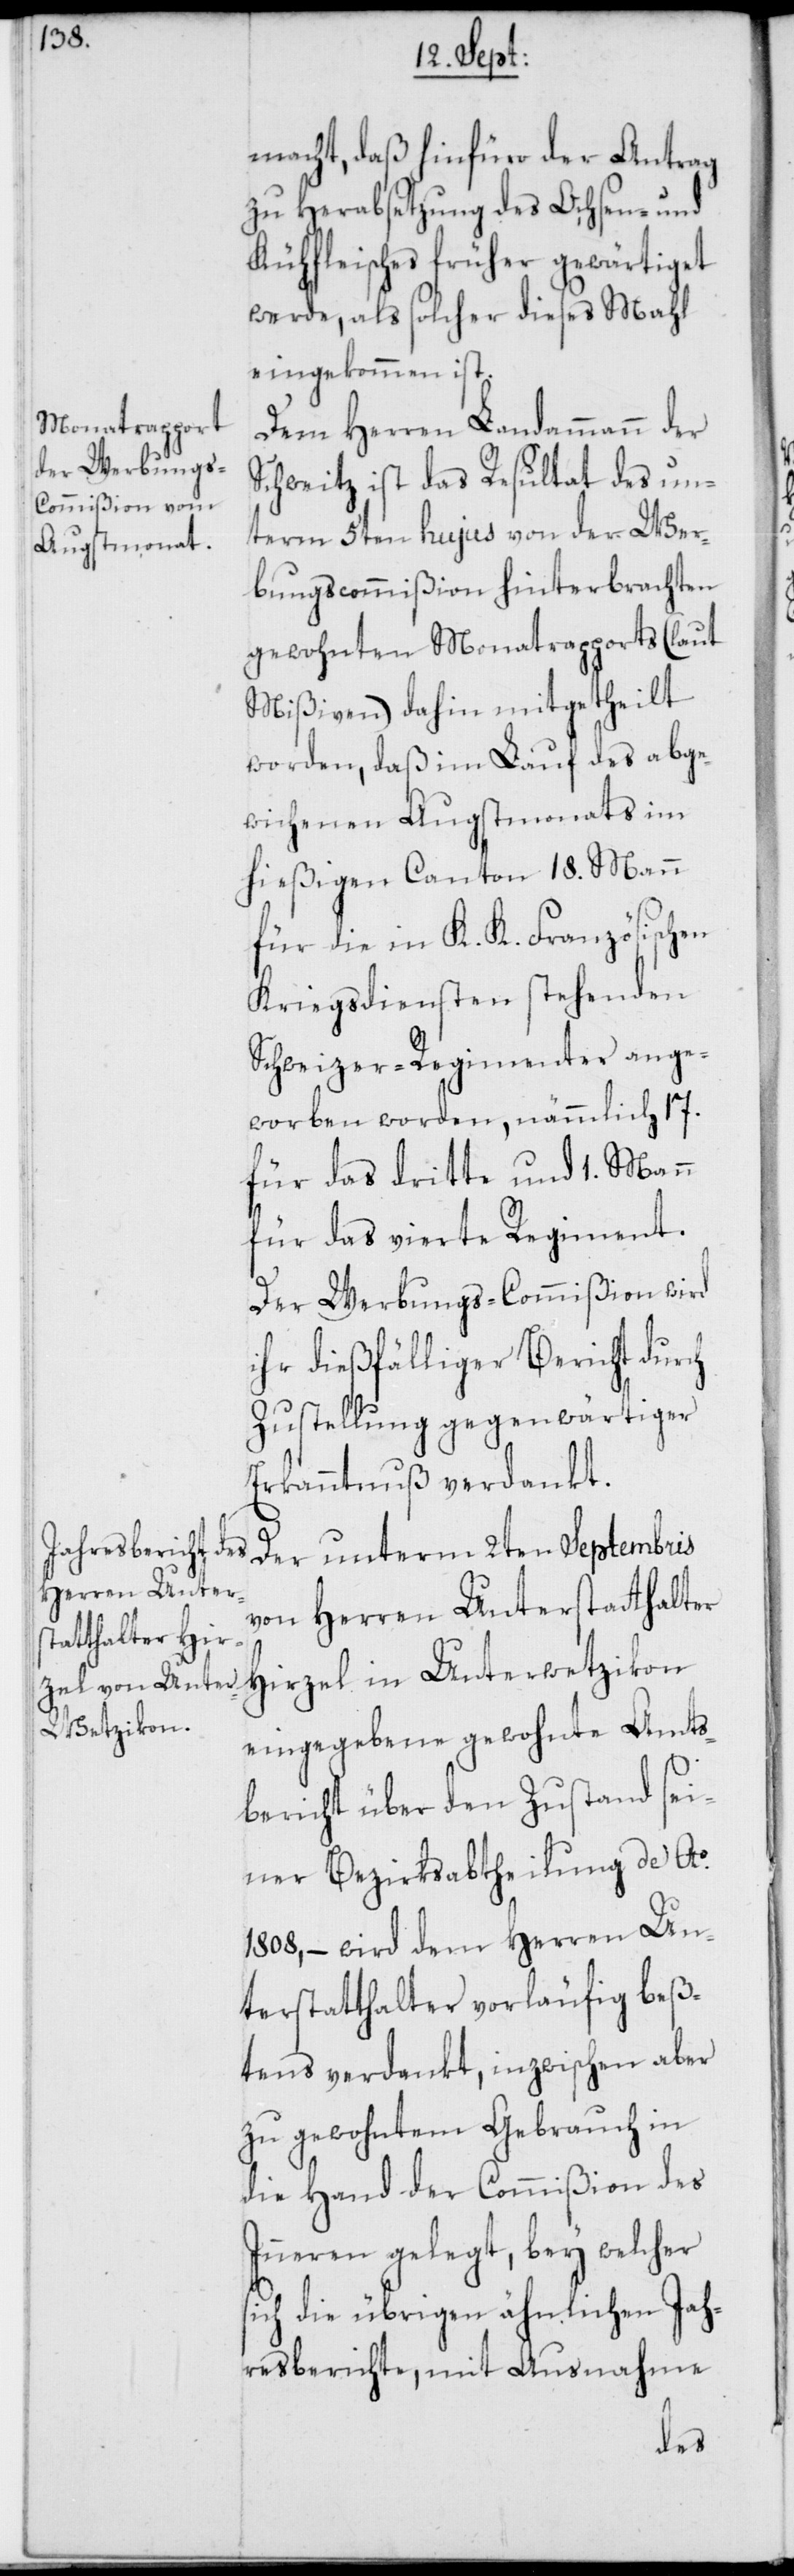
macht, daß hinfüro der Antrag
zu Herabsetzung des Ochsen- und
Kühfleisches früher gewärtiget
werde, als solcher dieses Mahl
eingekommen ist.
Dem Herren Landammann der
Schweitz ist das Resultat des un¬
term 5ten hujus von der Wer¬
bungscommißion hinterbrachten
gewohnten Monatrapports (laut
Mißiven) dahin mitgetheilt
worden, daß im Lauf des abge¬
wichenen Augstmonats im
hießigen Canton 18. Mann
für die in K. K. Französischen
Kriegsdiensten stehenden
Schweizer-Regimenter ange¬
worben worden, nämmlich 17.
für das dritte und 1. Mann
für das vierte Regiment.
Der Werbungs-Commißion wird
ihr dießfälliger Bericht durch
Zustellung gegenwärtiger
Erkanntnuß verdankt.
von Herren Unterstatthalter
Hirzel in Unterwetzikon
eingegebene gewohnte Amts¬
bericht über den Zustand sei¬
ner Bezirksabtheilung de Ao.
1808, – wird dem Herren Un¬
terstatthalter vorläufig beß¬
tens verdankt, inzwischen aber
zu gewohntem Gebrauch in
die Hand der Commißion des
Inneren gelegt, bey welcher
ich die übrigen ähnlichen Jah¬
resberichte, mit Ausnahme
s¬